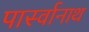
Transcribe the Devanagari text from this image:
पार्स्‍वानाथ